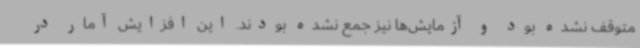
متوقف نشده بود و آزمایش‌ها نیز جمع نشده بودند. این افزایش آمار در